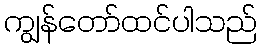
ကျွန်တော်ထင်ပါသည်